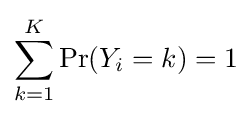
\sum _{k=1}^{K}\Pr(Y_{i}=k)=1